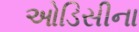
ઓડિસીના